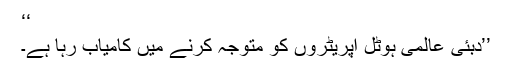
‘‘
’’دبئی عالمی ہوٹل آپریٹروں کو متوجہ کرنے میں کامیاب رہا ہے۔